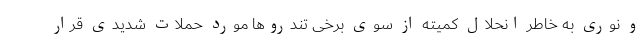
و نوری به خاطر انحلال کمیته از سوی برخی تندروها مورد حملات شدیدی قرار